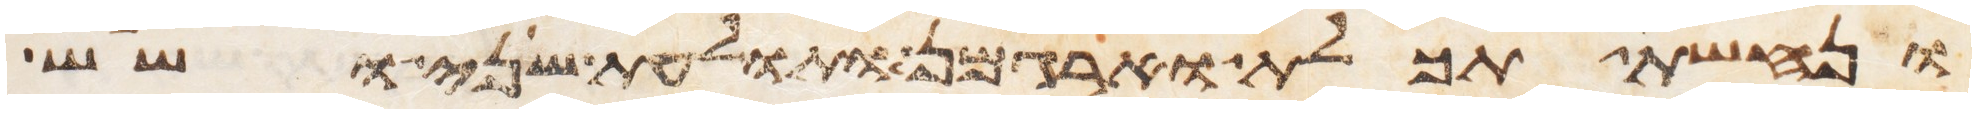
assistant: ונחשת תכלת וארגמן ותולעת שני ושש